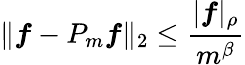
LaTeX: \| \boldsymbol{f}-P_{m}\boldsymbol{f}\| _{2}\leq\frac{\vert\boldsymbol{f}\vert_{\rho}}{m^{\beta}}